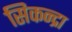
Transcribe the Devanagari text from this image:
सिकन्द्रा